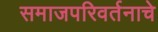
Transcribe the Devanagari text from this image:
समाजपरिवर्तनाचे